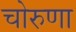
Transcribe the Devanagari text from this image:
चोरुणा